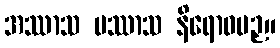
အဿာသ ပဿာသ နိရောဓပဉှ။